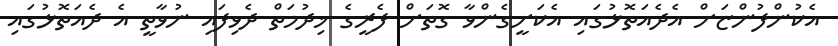
އެކުންފުންޏަށް އެދެއަތޮޅުގައި އެކަށީގެންވާ ގޮތަށް ފެރީގެ ޚިދުމަތް ދެވިފައި ނުވާތީ އެ ދެއަތޮޅުގައި